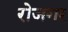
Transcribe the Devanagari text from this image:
रोजगर